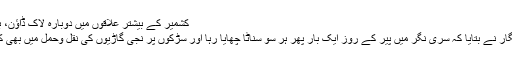
کشمیر کے بیشتر علاقوں میں دوبارہ لاک ڈاؤن، بازار و سڑکیں سنسان
یو این آئی کے نامہ نگار نے بتایا کہ سری نگر میں پیر کے روز ایک بار پھر ہر سو سناٹا چھایا رہا اور سڑکوں پر نجی گاڑیوں کی نقل وحمل میں بھی کافی کمی دیکھی گئی۔